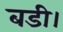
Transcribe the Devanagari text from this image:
बडी।